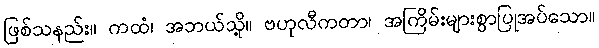
ဖြစ်သနည်း။ ကထံ၊ အဘယ်သို့။ ဗဟုလီကတာ၊ အကြိမ်းများစွာပြုအပ်သော။